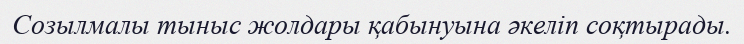
Созылмалы тыныс жолдары қабынуына әкеліп соқтырады.